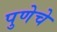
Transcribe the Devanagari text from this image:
पुणेचे